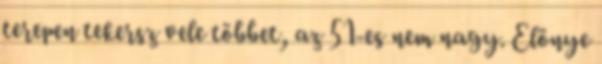
terepen tekersz vele többet, az 51-es nem nagy. Elönye